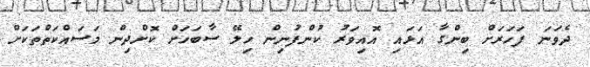
ދެވަނަ ފަހަރަށް ބިންގާ އަޅައި އޮއިވަރު ކުންފުނިން ހިލޭ ސާބަހަށް ކޮށްދިން މަސައްކަތްތަކަށް